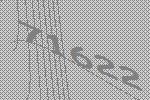
71622